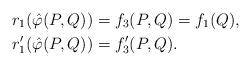
LaTeX: \begin{align*}r_1(\hat{\varphi}(P,Q)) &=f_3(P,Q)=f_1(Q),\\r_1'(\hat{\varphi}(P,Q)) &=f_3'(P,Q).\end{align*}